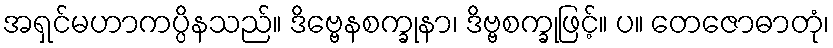
အရှင်မဟာကပ္ပိနသည်။ ဒိဗ္ဗေနစက္ခုနာ၊ ဒိဗ္ဗစက္ခုဖြင့်။ ပ။ တေဇောဓာတုံ၊